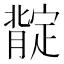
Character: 𱼟